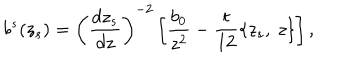
b ^ { s } ( z _ { s } ) = \left( \frac { d z _ { s } } { d z } \right) ^ { - 2 } \left[ \frac { b _ { 0 } } { z ^ { 2 } } - \frac { t } { 1 2 } \left\{ z _ { s } , \ z \right\} \right] ,